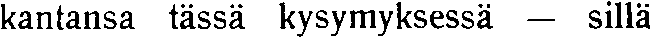
kantansa tässä kysymyksessä — sillä